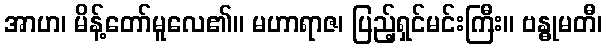
အာဟ၊ မိန့်တော်မူလေ၏။ မဟာရာဇ၊ ပြည့်ရှင်မင်းကြီး။ ဗန္ဓုမတီ၊